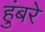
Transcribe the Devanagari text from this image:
हुंबरे